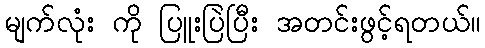
မျက်လုံး ကို ပြူးပြဲပြီး အတင်းဖွင့်ရတယ်။